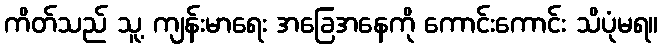
ကိတ်သည် သူ့ ကျန်းမာရေး အခြေအနေကို ကောင်းကောင်း သိပုံမရ။